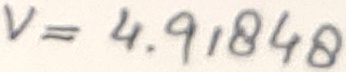
Text: V=4.91848